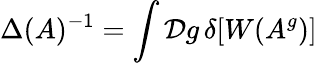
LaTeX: \Delta(A)^{-1}=\int{\cal D}g\, \delta[W(A^{g})]